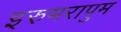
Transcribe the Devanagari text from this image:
इरुमरापुम